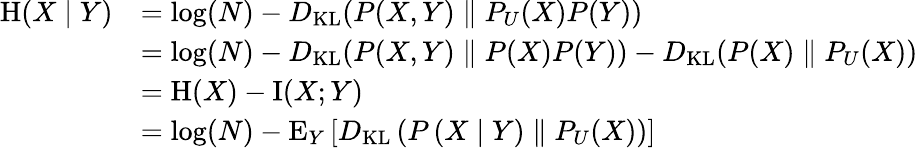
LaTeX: {\begin{array}{rl}{\mathrm{H}(X\mid Y)}&{=\log(N)-D_{\mathrm{KL}}(P(X,Y)\parallel P_{U}(X)P(Y))}\\ &{=\log(N)-D_{\mathrm{KL}}(P(X,Y)\parallel P(X)P(Y))-D_{\mathrm{KL}}(P(X)\parallel P_{U}(X))}\\ &{=\mathrm{H}(X)-\operatorname{I}(X;Y)}\\ &{=\log(N)-\operatorname{E}_{Y}\left[D_{\mathrm{KL}}\left(P\left(X\mid Y\right)\parallel P_{U}(X)\right)\right]}\end{array}}